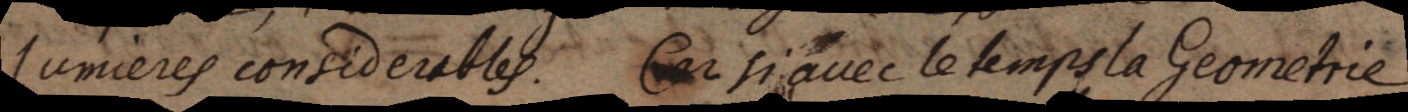
lumieres considerables. Car si avec le temps la Geometrie